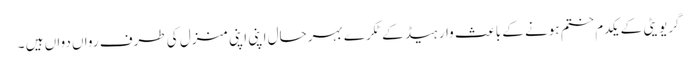
گریویٹی کے یکدم ختم ہونے کے باعث وار ہیڈ کے ٹکرے بہرحال اپنی اپنی منزل کی طرف رواں دواں ہیں ۔